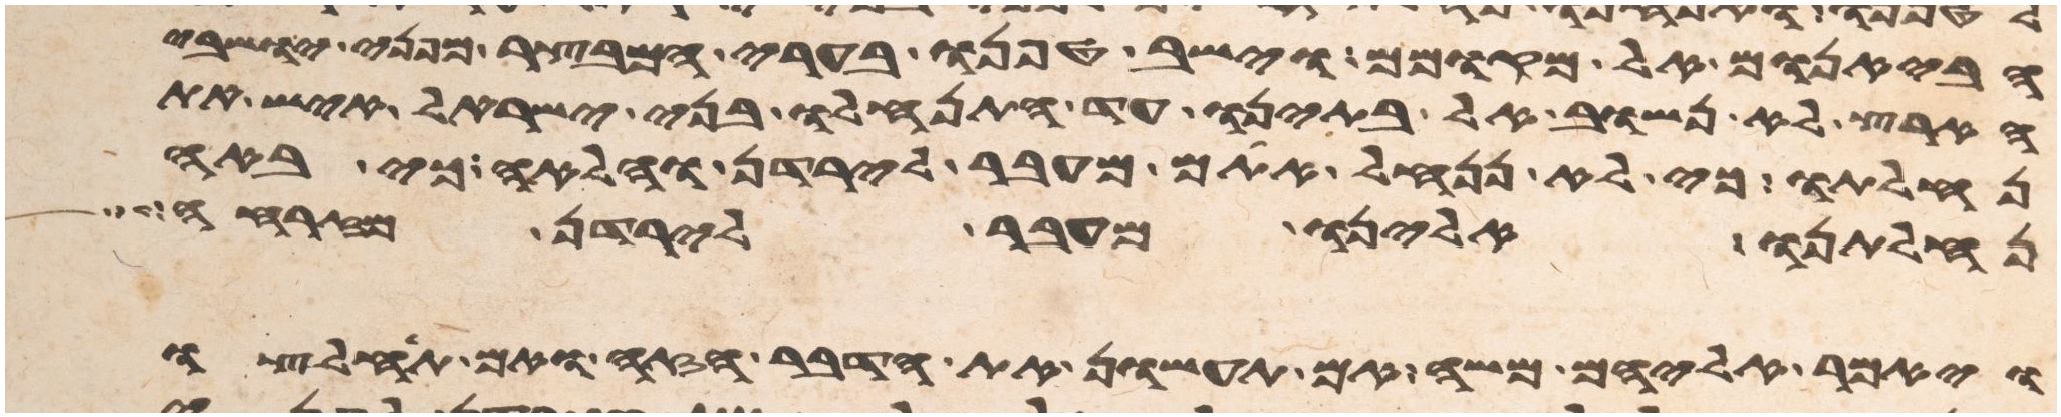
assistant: הבאנום אל מקומם וישב טפנו בערי המבצר מפני ישבי
הארץ לא נשוב אל בתינו עד התנחלו בני ישראל איש את
נחלתו כי לא ננחל אתם מעבר לירדן והלאה כי באה
נחלתנו אלינו מעבר לירדן מזרחה
ויאמר אליהם משה אם תעשון את הדבר הזה ואם תחלצו